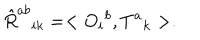
LaTeX: \hat { R } ^ { a b } { } _ { i k } = < O _ { i } { } ^ { b } , T ^ { a } { } _ { k } > .